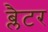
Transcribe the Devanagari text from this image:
ब्लैटर